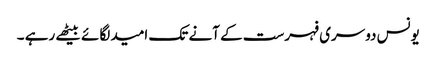
یونس دوسری فہرست کے آنے تک امید لگائے بیٹھے رہے ۔